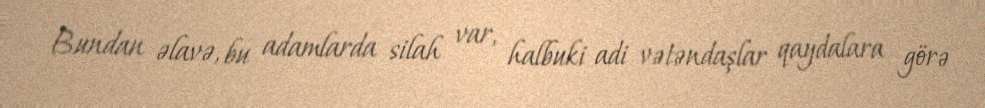
Bundan əlavə, bu adamlarda silah var, halbuki adi vətəndaşlar qaydalara görə